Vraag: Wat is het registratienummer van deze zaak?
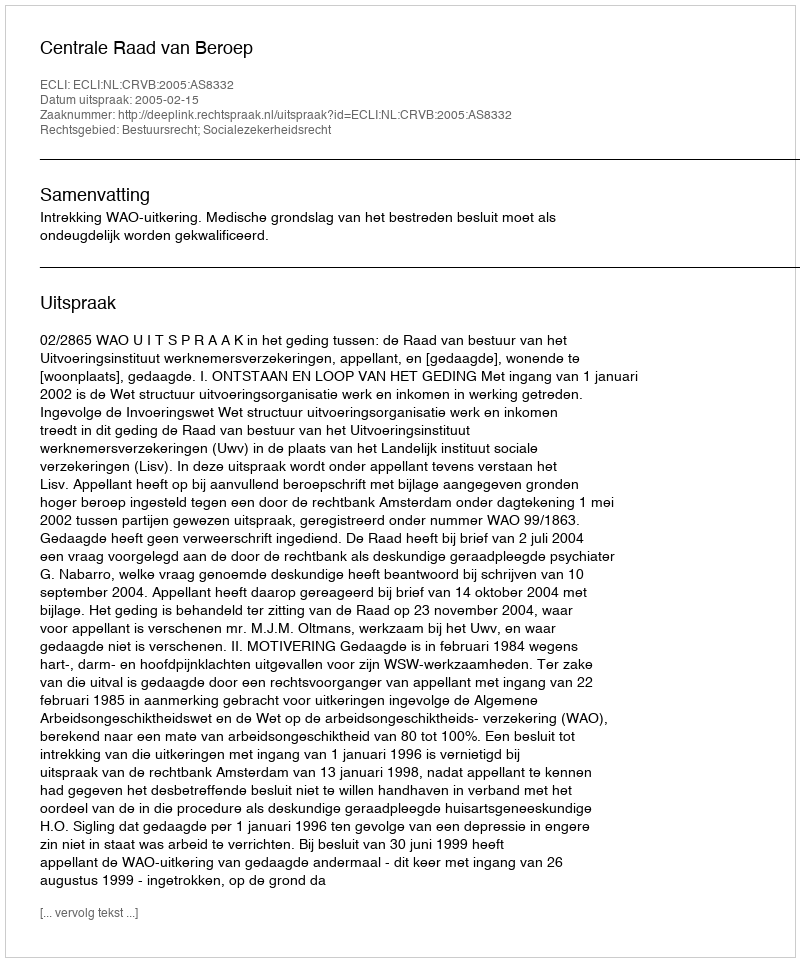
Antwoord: http://deeplink.rechtspraak.nl/uitspraak?id=ECLI:NL:CRVB:2005:AS8332